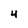
Character: 4